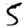
Digit: 5